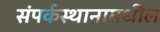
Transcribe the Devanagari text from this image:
संपर्कस्थानामधील